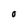
Character: g